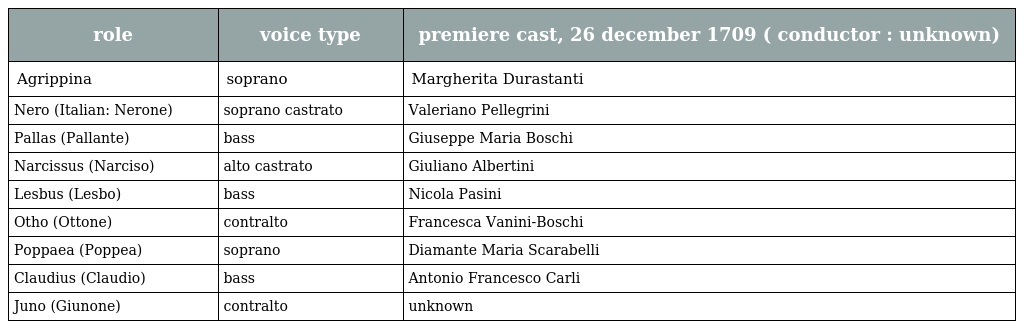
| role | voice type | premiere cast, 26 december 1709 ( conductor : unknown) |
 | --- | --- | --- |
 | Agrippina | soprano | Margherita Durastanti |
 | Nero (Italian: Nerone) | soprano castrato | Valeriano Pellegrini |
 | Pallas (Pallante) | bass | Giuseppe Maria Boschi |
 | Narcissus (Narciso) | alto castrato | Giuliano Albertini |
 | Lesbus (Lesbo) | bass | Nicola Pasini |
 | Otho (Ottone) | contralto | Francesca Vanini-Boschi |
 | Poppaea (Poppea) | soprano | Diamante Maria Scarabelli |
 | Claudius (Claudio) | bass | Antonio Francesco Carli |
 | Juno (Giunone) | contralto | unknown |